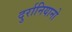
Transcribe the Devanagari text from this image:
दुर्रानियानो